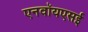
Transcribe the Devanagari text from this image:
एनवॉयएसई